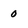
Character: 0